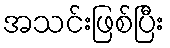
အသင်းဖြစ်ပြီး